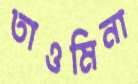
তাওমিনা